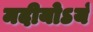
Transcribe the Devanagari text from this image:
मदीयोऽयं